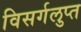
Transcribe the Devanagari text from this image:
विसर्गलुप्त